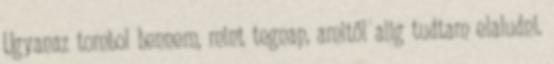
Ugyanaz tombol bennem, mint tegnap, amitől alig tudtam elaludni.